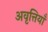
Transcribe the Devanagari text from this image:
अवृत्तियाँ